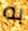
به